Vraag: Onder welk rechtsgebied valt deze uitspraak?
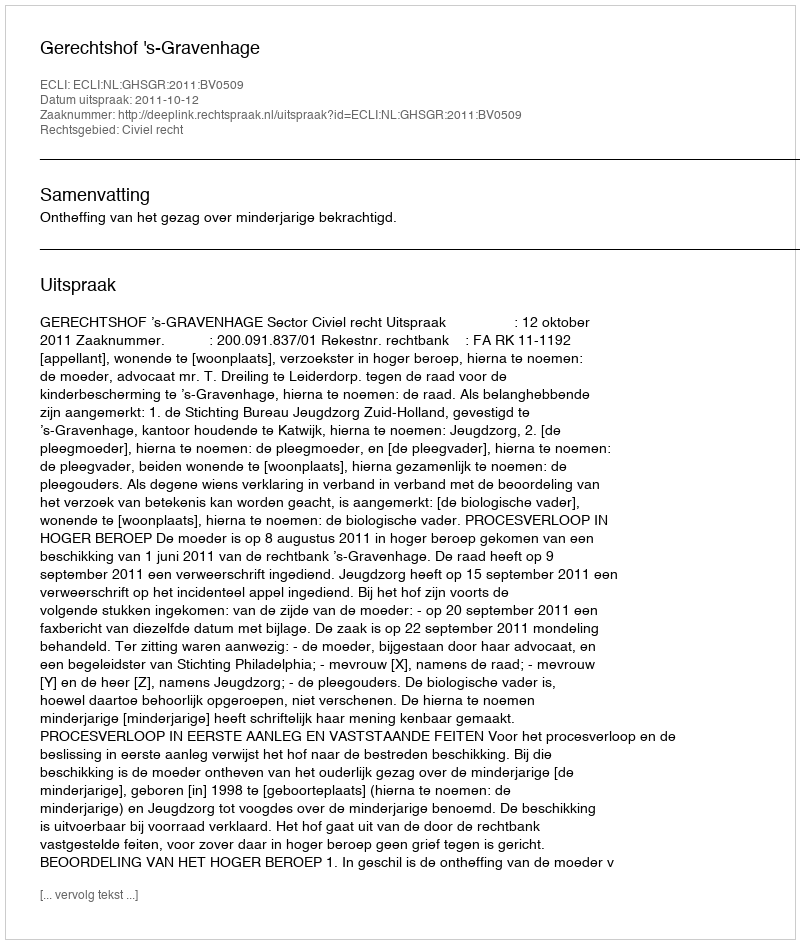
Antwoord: Civiel recht